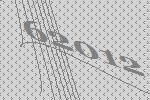
62012